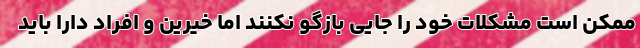
ممکن است مشکلات خود را جایی بازگو نکنند اما خیرین و افراد دارا باید